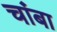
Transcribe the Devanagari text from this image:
चांबा